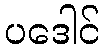
ပဒေါင်